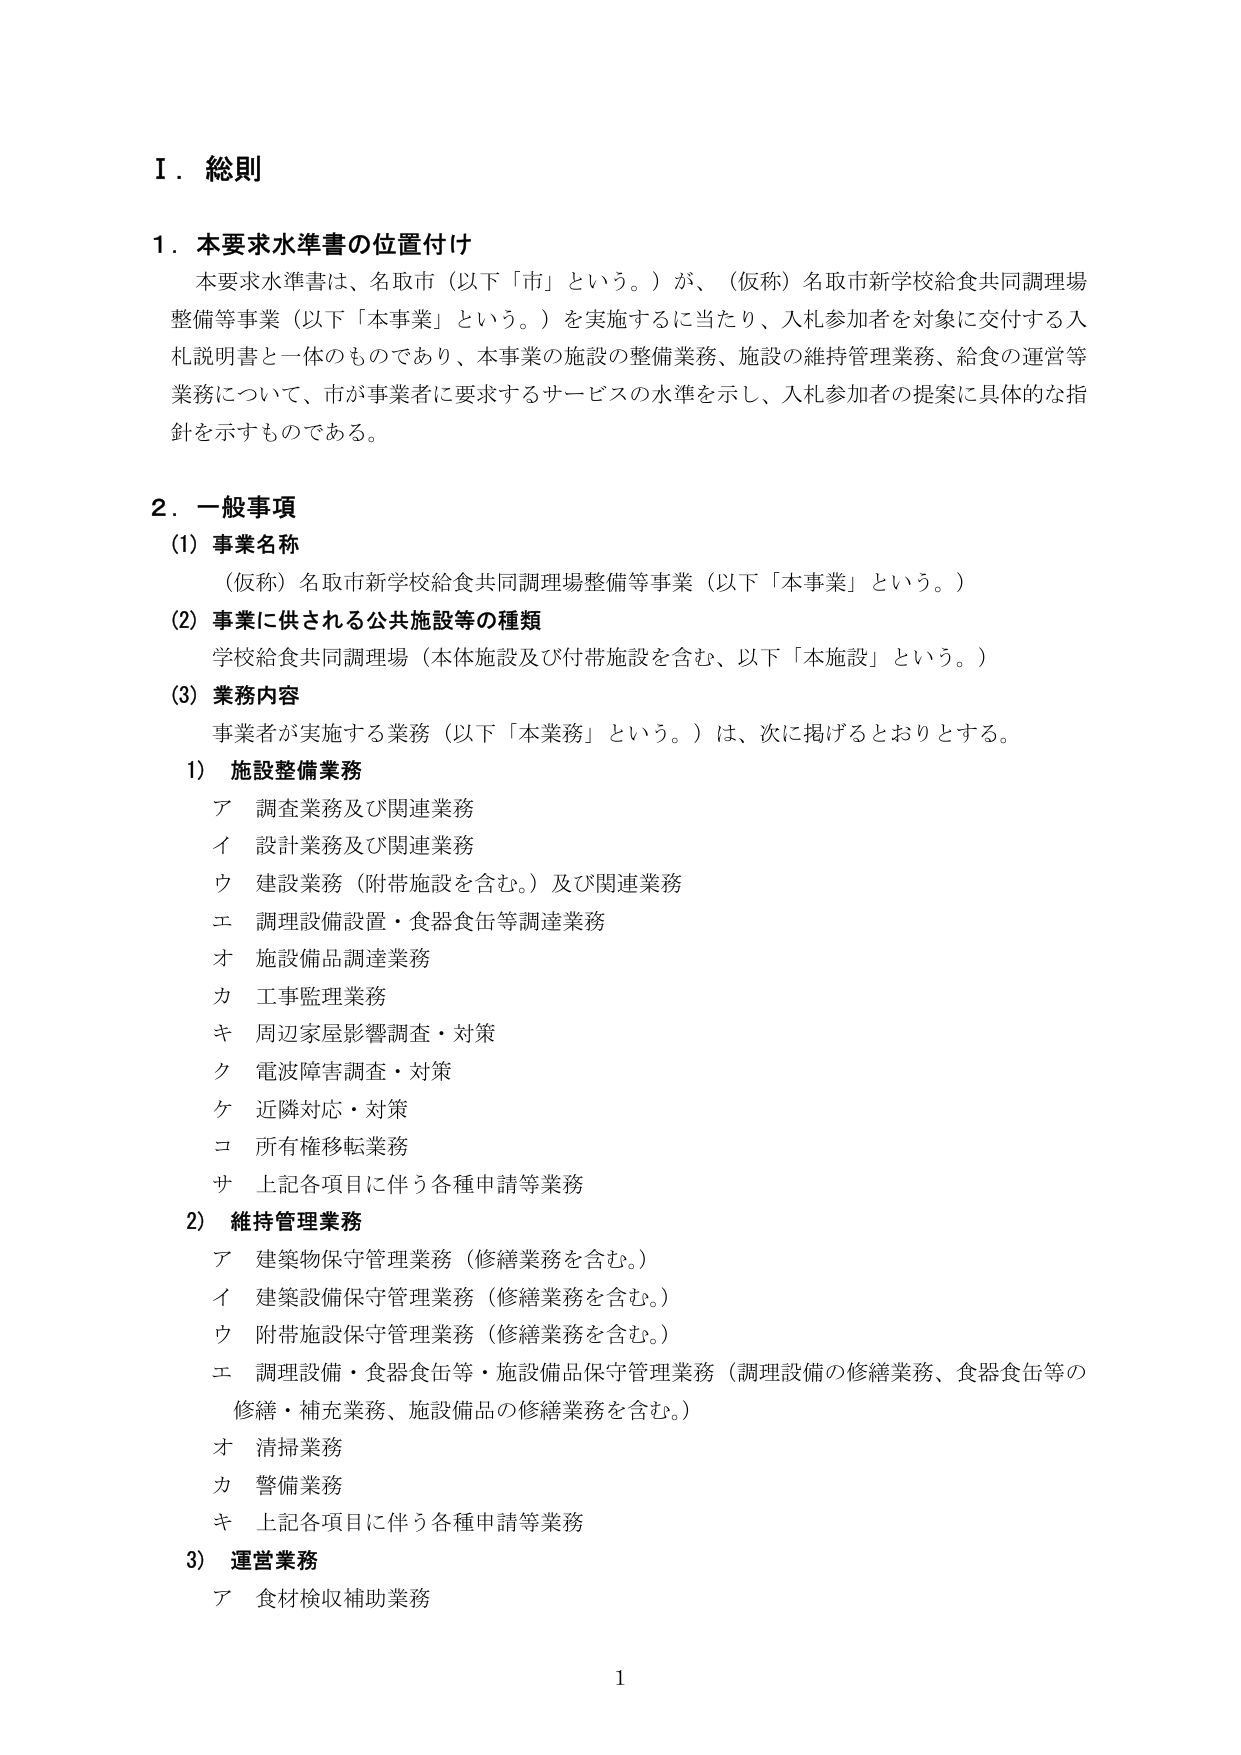
Ⅰ．総則

１．本要求水準書の位置付け
　本要求水準書は、名取市（以下「市」という。）が、（仮称）名取市新学校給食共同調理場整備等事業（以下「本事業」という。）を実施するに当たり、入札参加者を対象に交付する入札説明書と一体のものであり、本事業の施設の整備業務、施設の維持管理業務、給食の運営等業務について、市が事業者に要求するサービスの水準を示し、入札参加者の提案に具体的な指針を示すものである。

２．一般事項
　(1) 事業名称
　　（仮称）名取市新学校給食共同調理場整備等事業（以下「本事業」という。）
　(2) 事業に供される公共施設等の種類
　　学校給食共同調理場（本体施設及び付帯施設を含む、以下「本施設」という。）
　(3) 業務内容
　　事業者が実施する業務（以下「本業務」という。）は、次に掲げるとおりとする。
　　1) 施設整備業務
　　　ア 調査業務及び関連業務
　　　イ 設計業務及び関連業務
　　　ウ 建設業務（附帯施設を含む。）及び関連業務
　　　エ 調理設備設置・食器食缶等調達業務
　　　オ 施設備品調達業務
　　　カ 工事監理業務
　　　キ 周辺家屋影響調査・対策
　　　ク 電波障害調査・対策
　　　ケ 近隣対応・対策
　　　コ 所有権移転業務
　　　サ 上記各項目に伴う各種申請等業務
　　2) 維持管理業務
　　　ア 建築物保守管理業務（修繕業務を含む。）
　　　イ 建築設備保守管理業務（修繕業務を含む。）
　　　ウ 附帯施設保守管理業務（修繕業務を含む。）
　　　エ 調理設備・食器食缶等・施設備品保守管理業務（調理設備の修繕業務、食器食缶等の修繕・補充業務、施設備品の修繕業務を含む。）
　　　オ 清掃業務
　　　カ 警備業務
　　　キ 上記各項目に伴う各種申請等業務
　　3) 運営業務
　　　ア 食材検収補助業務

1